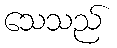
သေသည်